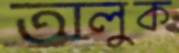
অলুক